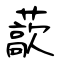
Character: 藃